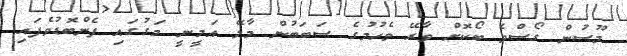
މޫސުން ގޯސްވެ ބޯކޮށް ވާރޭ ވެހުމުގެ ސަބަބުން މާލޭ އަމީނީ މަގުގައި ފެންބޮޑުވެފައި